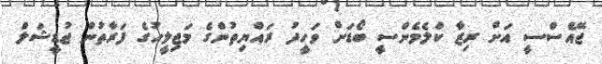
ޖޭއެސްސީ އަށް ރިޒާ ކްލެމެންސީ ބޯޑަށް ވަހީދު ރައްޔިތުންގެ މަޖިލީހުގެ ފަރާތުން ޖުޑީޝަލް